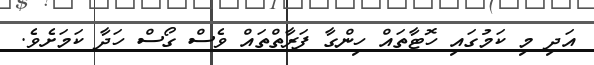
އަދި މި ކަމުގައި ހޮޓާތައް ހިންގާ ފަރާތްތައް ވެސް ގޯސް ހަދާ ކަމަށެވެ.